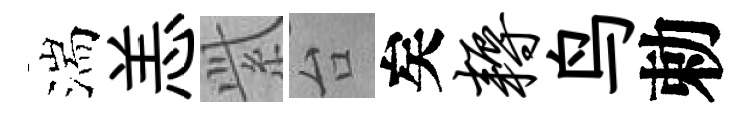
湍恙𬗋台矣耨鸟勅